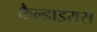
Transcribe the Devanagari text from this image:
कैल्डाइरास